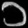
Digit: ၁